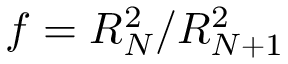
f = R _ { N } ^ { 2 } / R _ { N + 1 } ^ { 2 }